Lunatic asylums Punjab 1881-1894 - 1881-1894
Year: 1881
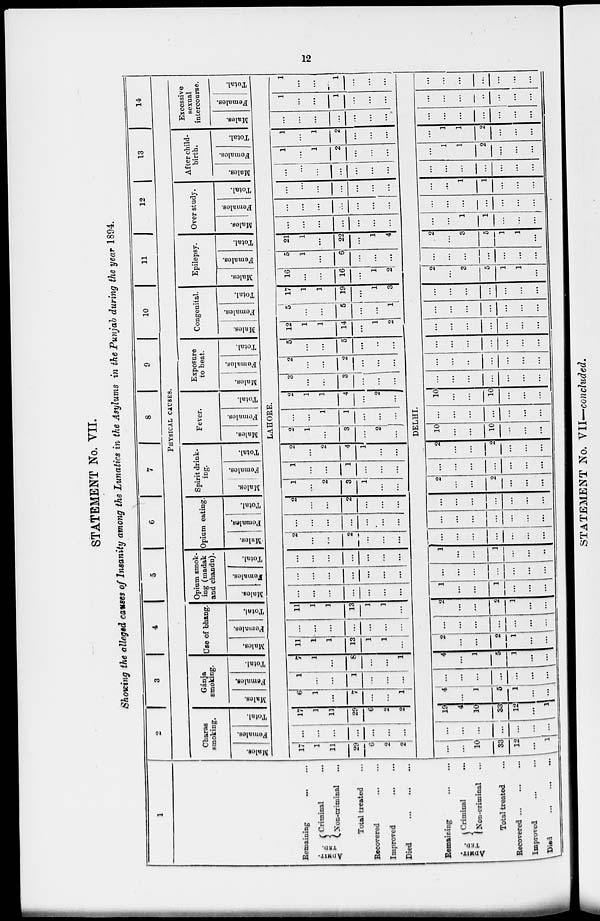
12
STATEMENT No. VII.
Showing the alleged causes of Insanity among the Lunatics in the Asylums in the Punjab during the year 1894.
1
Remaining ... ...
ADMIT-
TED.
Criminal ...
Non-criminal ...
Total treated ...
Recovered
...
...
Improved ... ...
Died
...
...
...
Remaining
...
...
ADMIT-
TED.
Criminal ...
Non-criminal
...
Total treated ...
Recovered ... ... ...
Improved ... ...
Died
...
...
...
2
3
4
5
6
7
8
9
10
11
12
13
14
PHYSICAL CAUSES.
Charas
smoking.
Males.
Females.
Total.
Gánja
smoking.
Males.
Females.
Total.
Use of bhang.
Males.
Females.
Total.
Opium smok-
ing (madak
and chandu).
Males.
Females.
Total.
Opium eating
Mules.
Females.
Total.
Spirit drink-
ing.
Males.
Females.
Total.
Fever.
Males.
Females.
Total.
Exposure
to heat.
Males.
Females.
Total.
Congenital.
Males.
Females.
Total.
Epilepsy.
Males.
Females.
Total.
Over study.
Males.
Females.
Total.
After child-
birth.
Males.
Females.
Total.
Excessive
sexual
intercourse.
Males.
Females.
Total.
LAHORE.
17
1
11
29
6
2
2
...
...
...
...
...
...
...
17
1
11
29
6
2
2
6
1
...
7
...
...
1
1
...
...
1
...
...
...
7
1
...
8
...
...
1
11
1
1
13
1
1
...
...
...
...
...
...
...
...
11
1
1
13
1
1
...
...
...
...
...
...
...
...
...
...
...
...
...
...
...
...
...
...
...
...
...
...
2
...
...
2
...
...
...
...
...
...
...
...
...
...
2
...
...
2
...
...
...
1
...
2
3
1
...
...
1
...
...
1
...
...
...
2
...
2
4
1
...
...
2
1
...
3
...
2
...
...
...
1
1
...
...
...
2
1
1
4
...
2
...
3
...
...
3
...
...
...
2
...
...
2
...
...
...
5
...
...
5
...
...
...
12
1
1
14
...
1
2
5
...
...
5
...
...
1
17
1
1
19
...
1
3
16
...
...
16
...
1
2
5
1
...
6
...
...
...
21
1
...
22
...
1
4
...
...
...
...
...
...
...
...
...
...
...
...
...
...
...
...
...
...
...
...
...
...
...
...
...
...
...
...
1
...
1
2
...
...
...
1
...
1
2
...
...
...
...
...
...
...
...
...
...
1
...
...
1
...
...
...
1
...
...
1
...
...
...
DELHI.
...
...
10
33
12
...
1
...
...
...
...
...
...
...
19
4
10
33
12
...
1
4
...
1
5
1
...
...
...
...
...
...
...
...
...
4
...
1
5
1
...
...
2
...
...
2
1
...
...
...
...
...
...
...
...
...
2
...
...
2
1
...
...
1
...
...
1
...
...
...
...
...
...
...
...
...
...
1
...
...
1
...
...
...
|...
...
...
...
...
...
...
...
...
...
...
...
...
...
...
...
...
...
...
...
...
2
...
...
2
...
...
...
...
...
...
...
...
...
2
...
...
2
...
...
...
10
...
...
10
...
...
...
...
...
...
...
...
...
...
10
...
...
10
...
...
...
...
...
...
...
...
...
...
...
...
...
...
...
...
...
...
...
...
...
...
...
...
...
...
...
...
...
...
...
...
...
...
...
...
...
...
...
...
...
...
...
...
...
2
...
3
5
1
1
...
...
...
...
...
...
...
...
2
...
3
5
1
1
...
...
...
1
1
...
...
...
...
...
...
...
...
...
...
...
...
1
1
...
...
...
...
...
...
...
...
...
...
...
1
1
2
....
...
...
...
1
1
2
...
...
...
...
...
...
...
...
...
...
...
...
...
...
...
...
...
...
...
...
...
...
...
...